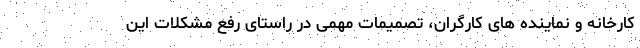
کارخانه و نماینده های کارگران، تصمیمات مهمی در راستای رفع مشکلات این